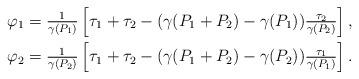
LaTeX: \begin{align*} \varphi_1 &= \tfrac{1}{\gamma(P_1)}\left[ \tau_1+\tau_2 -(\gamma(P_1+P_2)-\gamma(P_1))\tfrac{\tau_2}{\gamma(P_2)} \right],\\ \varphi_2 &= \tfrac{1}{\gamma(P_2)}\left[ \tau_1+\tau_2 -(\gamma(P_1+P_2)-\gamma(P_2))\tfrac{\tau_1}{\gamma(P_1)} \right].\end{align*}